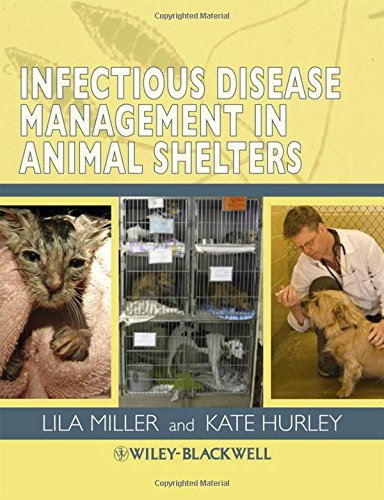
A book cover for Infectious Disease Management in Animal Shelters; Humor & Entertainment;